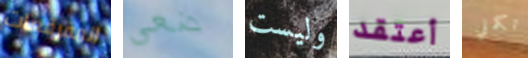
المفرقعات ضعي وليست أعتقد تكملي